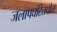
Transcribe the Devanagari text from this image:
जलापघटितघोल